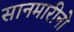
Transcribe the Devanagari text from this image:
सानमारीनो